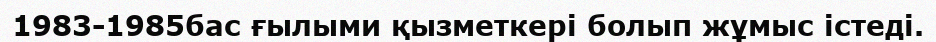
1983-1985бас ғылыми қызметкері болып жұмыс істеді.